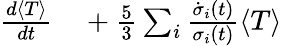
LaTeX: \begin{array}{rl}{\frac{d\langle T\rangle}{dt}}&{{}+\frac{5}{3}\sum_{i}\frac{\dot{\sigma}_{i}(t)}{\sigma_{i}(t)}\langle T\rangle}\end{array}